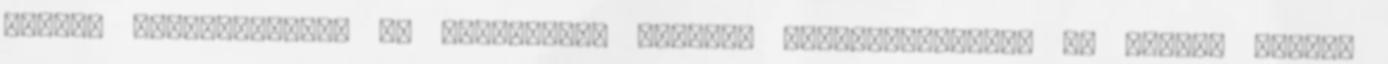
idilli megjelenését? És egyébiránt ádventi kézműveskedésen ki készít fekete